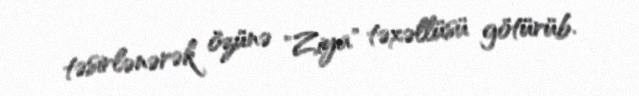
təsirlənərək özünə "Ziya" təxəllüsü götürüb.